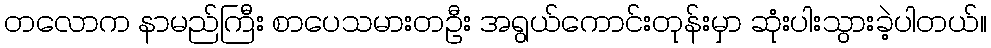
တလောက နာမည်ကြီး စာပေသမားတဦး အရွယ်ကောင်းတုန်းမှာ ဆုံးပါးသွားခဲ့ပါတယ်။